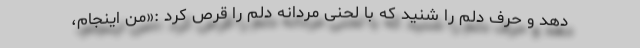
دهد و حرف دلم را شنید که با لحنی مردانه دلم را قرص کرد :«من اینجام،